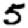
Digit: 5